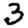
Digit: 3